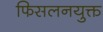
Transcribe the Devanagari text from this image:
फिसलनयुक्त